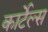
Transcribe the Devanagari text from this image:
कार्टेल्स